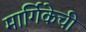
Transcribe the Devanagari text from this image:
मार्गिकेची